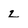
Character: z